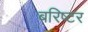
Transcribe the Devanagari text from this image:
बरिष्टर